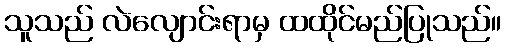
သူသည် လဲလျောင်းရာမှ ထထိုင်မည်ပြုသည်။